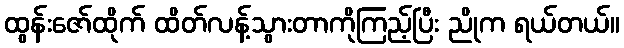
ထွန်းဇော်ထိုက် ထိတ်လန့်သွားတာကိုကြည့်ပြီး ညိုက ရယ်တယ်။